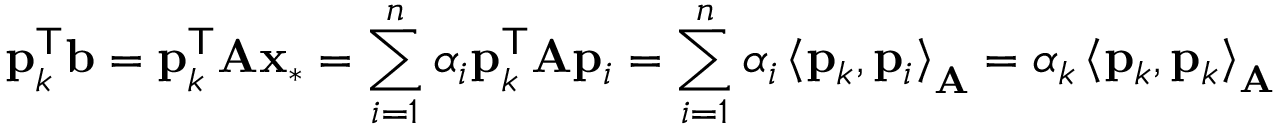
\mathbf { p } _ { k } ^ { \mathsf { T } } \mathbf { b } = \mathbf { p } _ { k } ^ { \mathsf { T } } \mathbf { A } \mathbf { x } _ { * } = \sum _ { i = 1 } ^ { n } \alpha _ { i } \mathbf { p } _ { k } ^ { \mathsf { T } } \mathbf { A } \mathbf { p } _ { i } = \sum _ { i = 1 } ^ { n } \alpha _ { i } \left\langle \mathbf { p } _ { k } , \mathbf { p } _ { i } \right\rangle _ { \mathbf { A } } = \alpha _ { k } \left\langle \mathbf { p } _ { k } , \mathbf { p } _ { k } \right\rangle _ { \mathbf { A } }